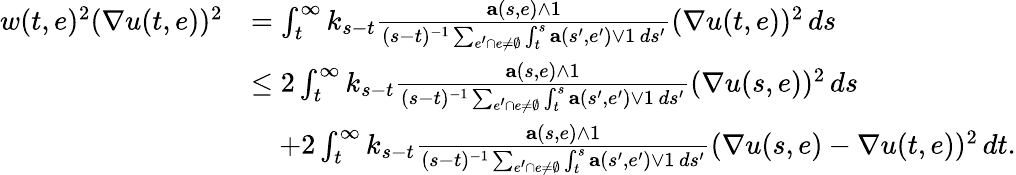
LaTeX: \begin{array}{rl}{w(t,e)^{2}(\nabla u(t,e))^{2}}&{=\int_{t}^{\infty}k_{s-t}\frac{\mathbf{a}(s,e)\wedge 1}{(s-t)^{-1}\sum_{e^{\prime}\cap e\neq\emptyset}\int_{t}^{s}\mathbf{a}(s^{\prime},e^{\prime})\vee 1\, ds^{\prime}}(\nabla u(t,e))^{2}\, ds}\\ &{\leq 2\int_{t}^{\infty}k_{s-t}\frac{\mathbf{a}(s,e)\wedge 1}{(s-t)^{-1}\sum_{e^{\prime}\cap e\neq\emptyset}\int_{t}^{s}\mathbf{a}(s^{\prime},e^{\prime})\vee 1\, ds^{\prime}}(\nabla u(s,e))^{2}\, ds}\\ &{\quad+2\int_{t}^{\infty}k_{s-t}\frac{\mathbf{a}(s,e)\wedge 1}{(s-t)^{-1}\sum_{e^{\prime}\cap e\neq\emptyset}\int_{t}^{s}\mathbf{a}(s^{\prime},e^{\prime})\vee 1\, ds^{\prime}}(\nabla u(s,e)-\nabla u(t,e))^{2}\, dt.}\end{array}